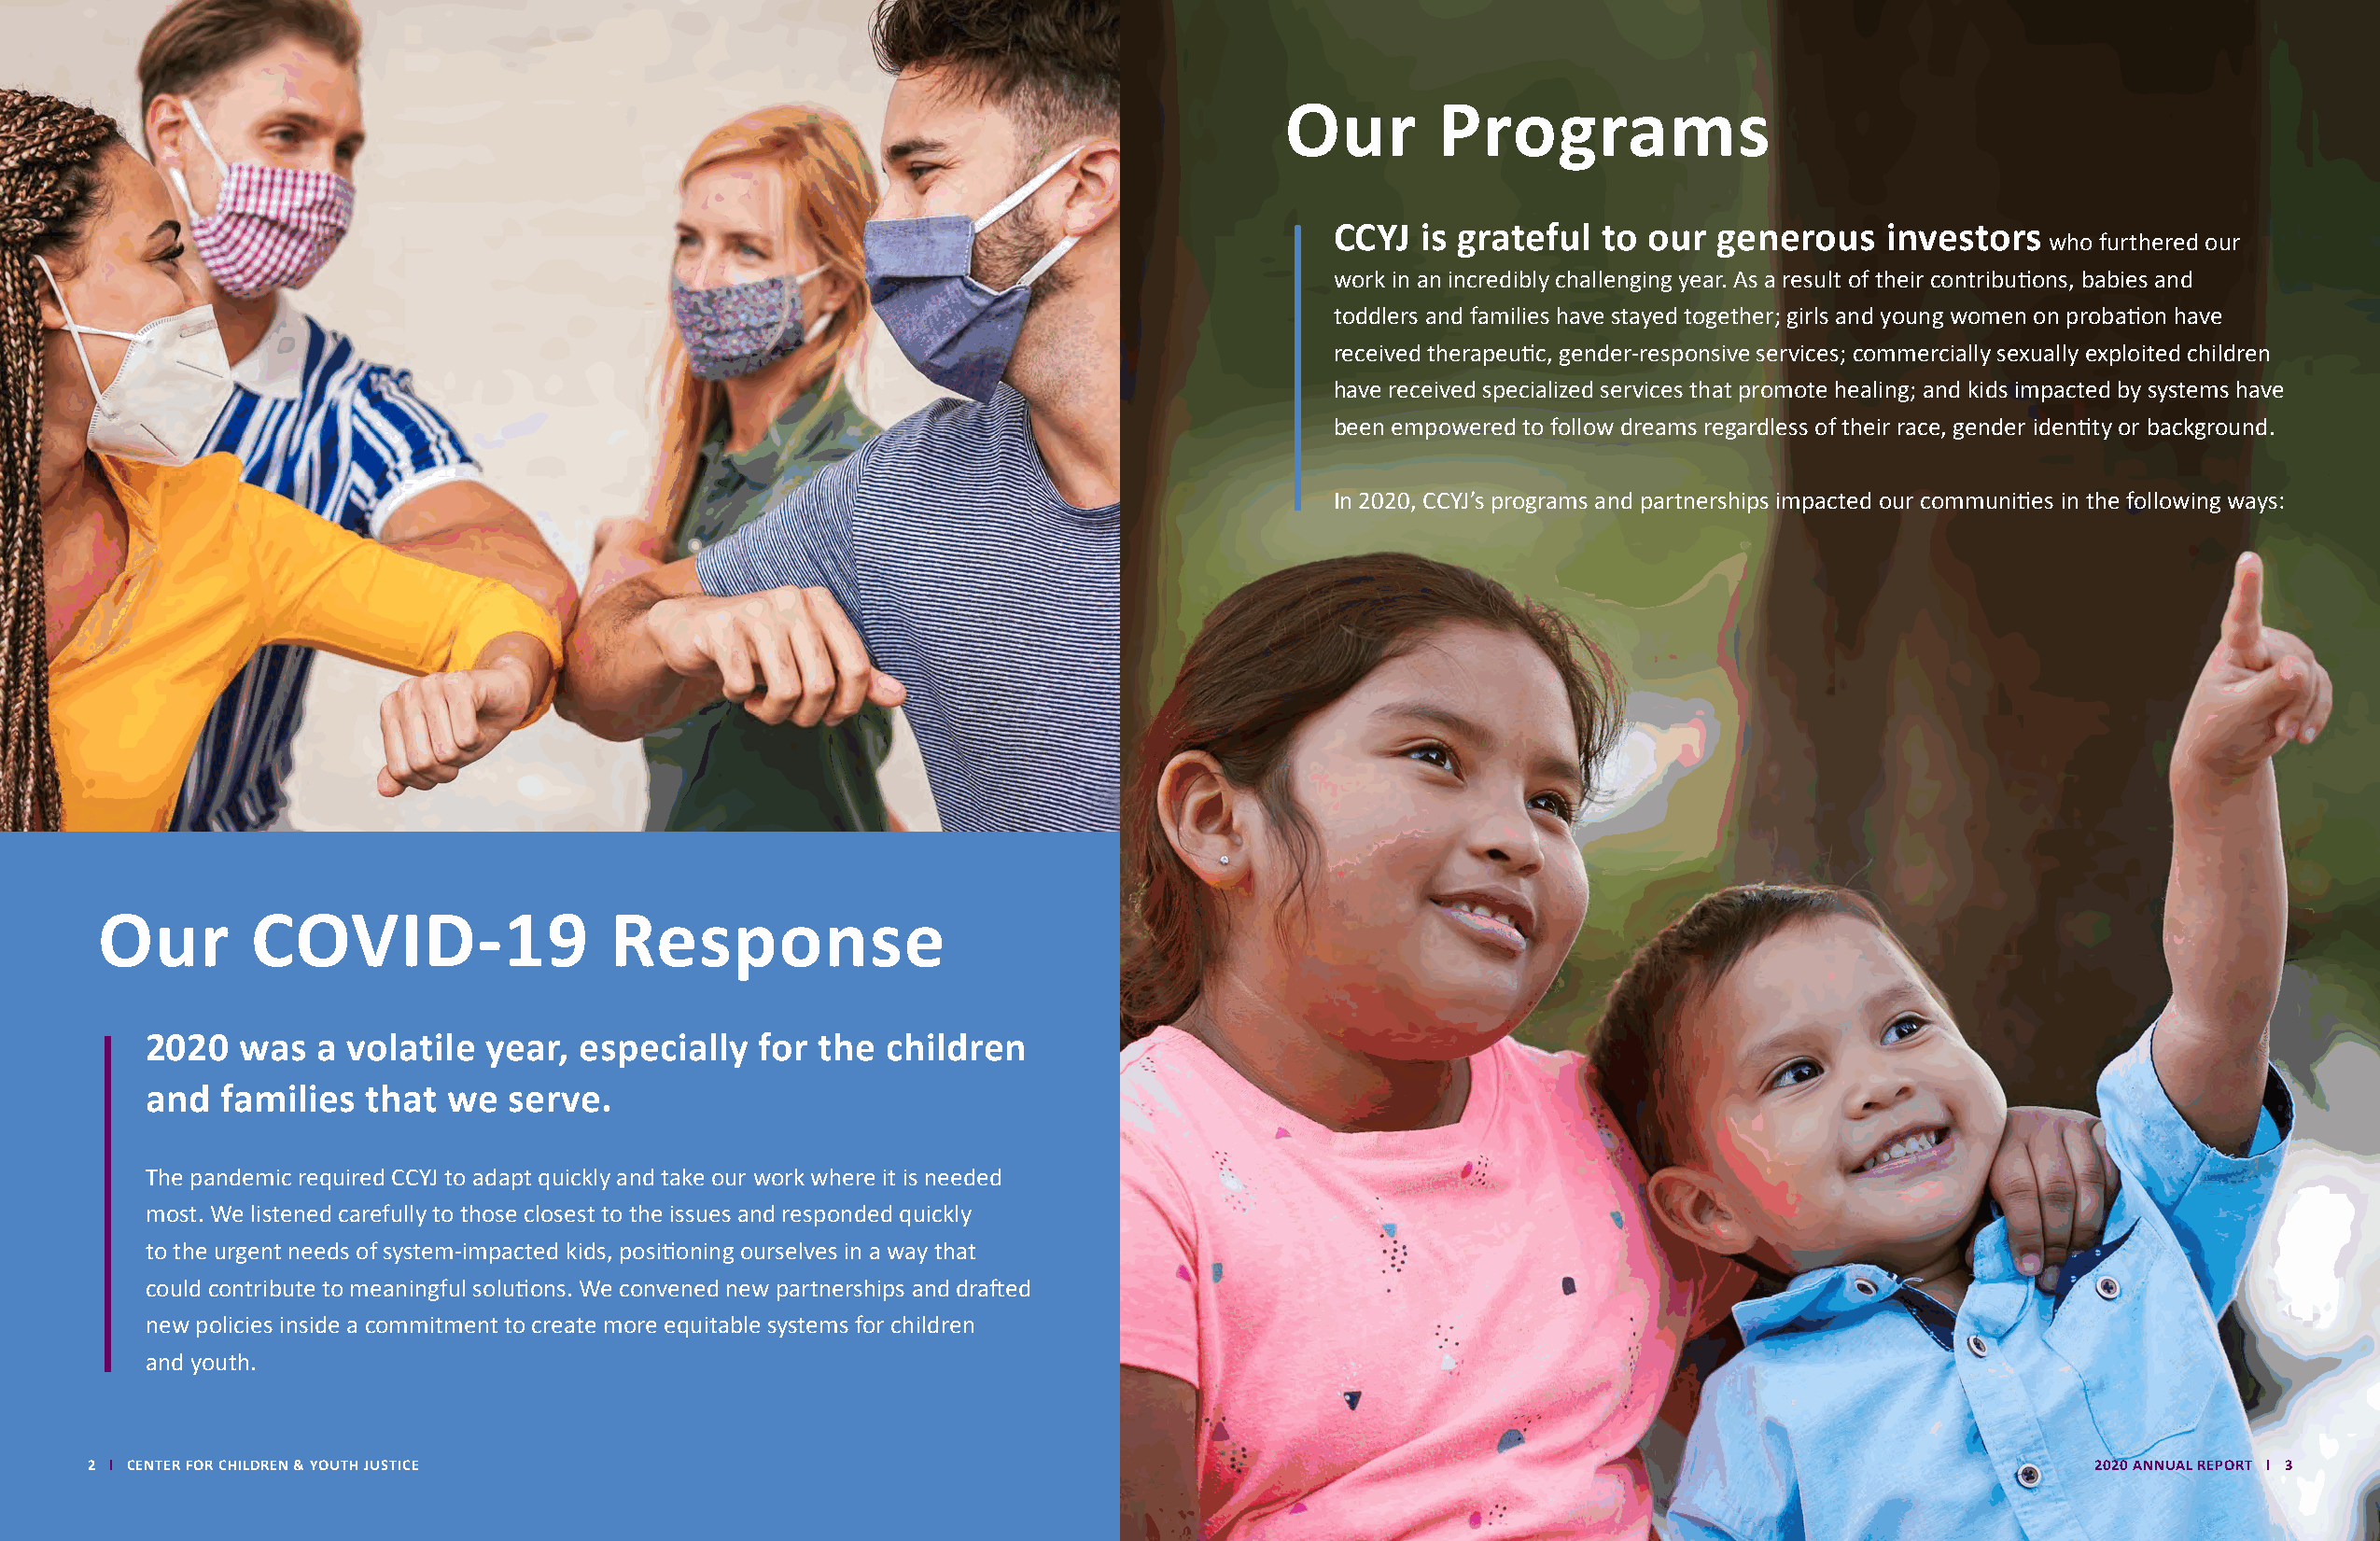
Our        Programs
 CCYJ  is grateful  to our  generous    investors
 who furthered our
 work in an incredibly challenging year. As a result of their contributions, babies and
 toddlers and families have stayed together; girls and young women on probation have
 received therapeutic, gender-responsive services; commercially sexually exploited children
 have received specialized services that promote healing; and kids impacted by systems have
 been empowered to follow dreams regardless of their race, gender identity or background.
 In 2020, CCYJ’s programs and partnerships impacted our communities in the following ways:
 Our        COVID-19                 Response
 2020   was  a  volatile year,  especially   for the  children
 and   families  that  we  serve.
 The pandemic required CCYJ to adapt quickly and take our work where it is needed
 most. We listened carefully to those closest to the issues and responded quickly
 to the urgent needs of system-impacted kids, positioning ourselves in a way that
 could contribute to meaningful solutions. We convened new partnerships and drafted
 new policies inside a commitment to create more equitable systems for children
 and youth.
 2 l CENTER FOR CHILDREN & YOUTH JUSTICE                                                                                                        2020 ANNUAL REPORT l 3